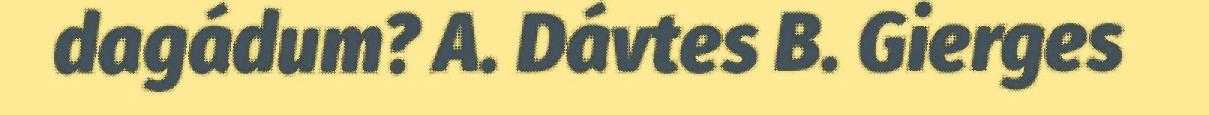
dagádum? A. Dávtes B. Gierges